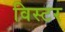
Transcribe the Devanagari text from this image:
विस्टर